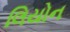
લિયોન